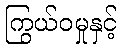
ကြွယ်ဝမှုနှင့်